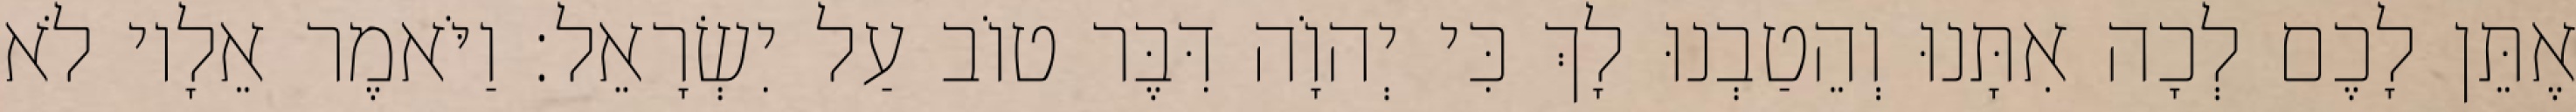
אֶתֵּן לָכֶם לְכָה אִתָּנוּ וְהֵטַבְנוּ לָךְ כִּי יְהוָֹה דִּבֶּר טוֹב עַל יִשְׂרָאֵל׃ וַיֹּאמֶר אֵלָיו לֹא